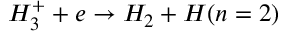
H _ { 3 } ^ { + } + e \rightarrow H _ { 2 } + H ( n = 2 )